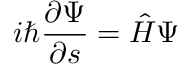
i \hbar \frac { \partial \Psi } { \partial s } = \hat { \cal H } \Psi